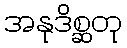
အနုဒိစ္ဆတု